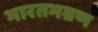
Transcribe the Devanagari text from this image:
भारतभम्रण